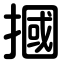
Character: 摑